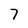
Character: 7